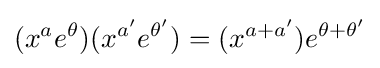
(x^{a}e^{\theta })(x^{a'}e^{\theta '})=(x^{a+a'})e^{\theta +\theta '}